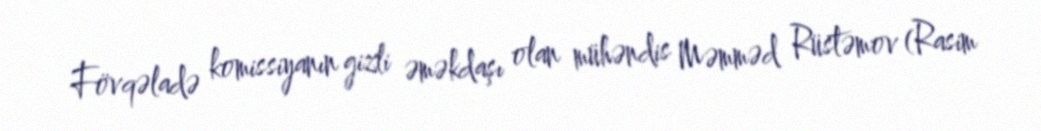
Fövqəladə komissiyanın gizli əməkdaşı olan mühəndis Məmməd Rüstəmov (Rasim